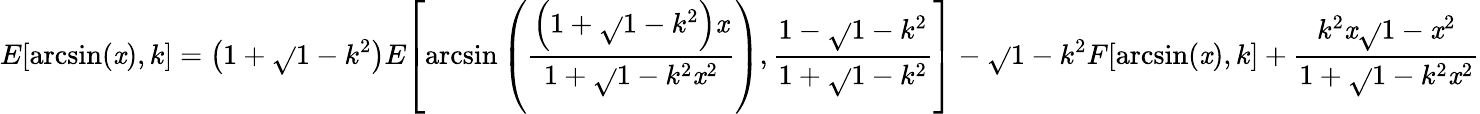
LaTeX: E{\left[\arcsin(\mathit{x}),k\right]}=\left(1+{\sqrt{}{{1-k^{2}}}}\right)E{\left[\arcsin\left({\frac{{\left(1+{\sqrt{}{{1-k^{2}}}}\right)\mathit{x}}}{{1+{\sqrt{}{{1-k^{2}\mathit{x}^{2}}}}}}}\right),{\frac{{1-{\sqrt{}{{1-k^{2}}}}}}{{1+{\sqrt{}{{1-k^{2}}}}}}}\right]}-{\sqrt{}{{1-k^{2}}}}F{\left[\arcsin(\mathit{x}),k\right]}+{\frac{{k^{2}\mathit{x}{\sqrt{}{{1-\mathit{x}^{2}}}}}}{{1+{\sqrt{}{{1-k^{2}\mathit{x}^{2}}}}}}}